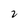
Character: 2